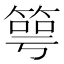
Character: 𥯳